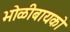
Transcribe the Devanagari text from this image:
भोळीबायको